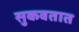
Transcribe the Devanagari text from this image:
सुकवतात